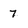
Character: 7